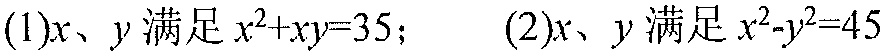
(1)\(x、y\)满足\(x^{2}+xy = 35\)；  (2)\(x、y\)满足\(x^{2}-y^{2}=45\)